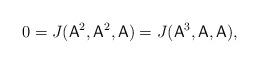
LaTeX: \begin{align*}0=J(\mathsf{A}^{2},\mathsf{A}^2,\mathsf{A})=J(\mathsf{A}^{3},\mathsf{A},\mathsf{A}),\end{align*}